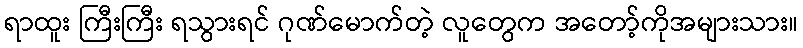
ရာထူး ကြီးကြီး ရသွားရင် ဂုဏ်မောက်တဲ့ လူတွေက အတော့်ကိုအများသား။